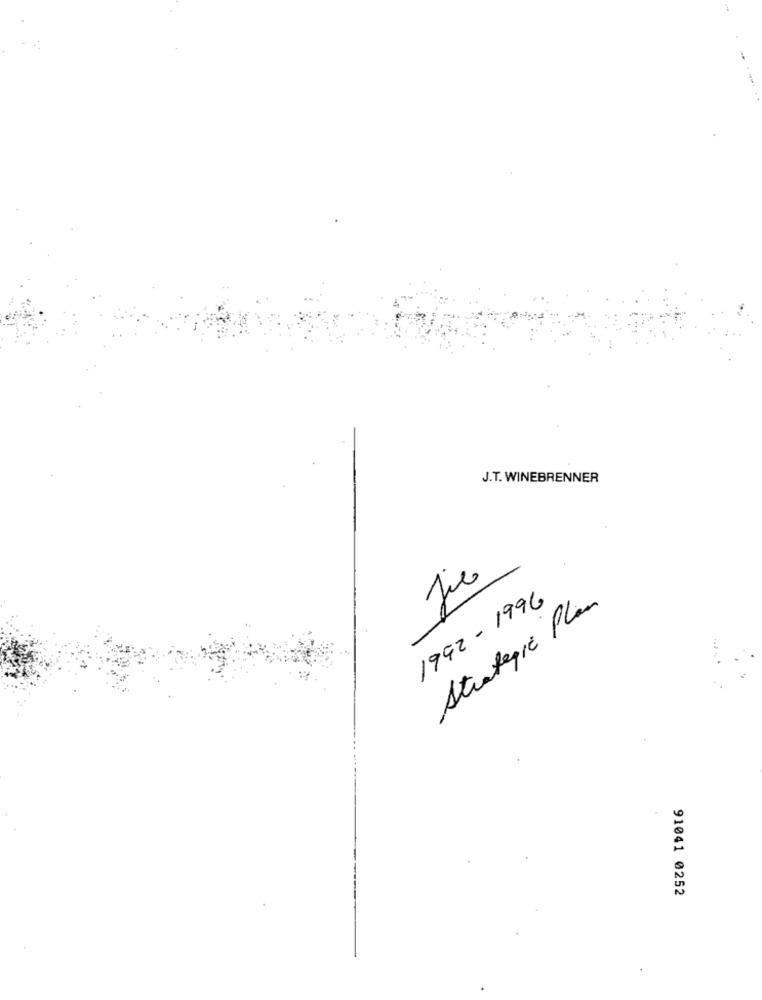
J.T. WINEBRENNER
Jue
1992 - 1996
Strategic Plan
91041 0252